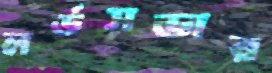
লর্ডসভার